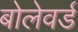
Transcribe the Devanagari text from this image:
बोलेवर्ड